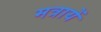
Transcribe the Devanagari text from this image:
मत्रायें